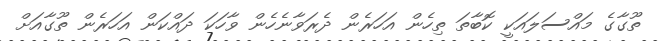
ތޫގާގެ މައްސަލައަކީ ކޮބާތަ ތިހެން އަހަރެން ދެރަވާނެހެން ވާހަކަ ދައްކަން އަހަރެން ތޫގާއަށް